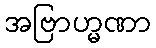
အဗြာဟ္မဏာ